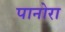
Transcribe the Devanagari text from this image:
पानोरा